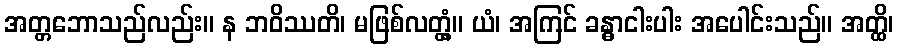
အတ္တဘောသည်လည်း။ န ဘဝိဿတိ၊ မဖြစ်လတ္တံ့။ ယံ၊ အကြင် ခန္ဓာငါးပါး အပေါင်းသည်။ အတ္ထိ၊